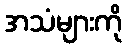
အသံများကို